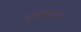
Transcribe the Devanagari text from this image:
शक्तिसाधन